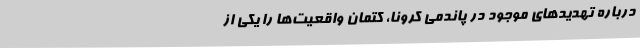
درباره تهدیدهای موجود در پاندمی کرونا، کتمان واقعیت‌ها را یکی از